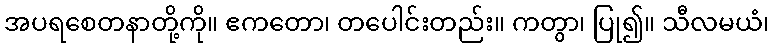
အပရစေတနာတို့ကို။ ဧကတော၊ တပေါင်းတည်း။ ကတွာ၊ ပြု၍။ သီလမယံ၊